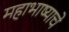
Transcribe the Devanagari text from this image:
महाभाष्याचे